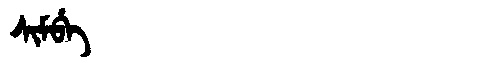
Manchu: ᠰᡳᠮᠪᡝ
Romanization: SIMBE